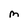
Character: M